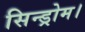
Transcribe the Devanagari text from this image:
सिन्ड्रोम।